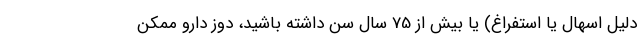
دلیل اسهال یا استفراغ) یا بیش از 75 سال سن داشته باشید، دوز دارو ممکن